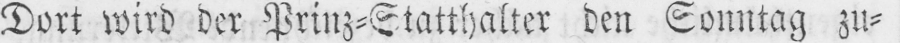
Dort wird der Prinz⸗Statthalter den Sonntag zu⸗